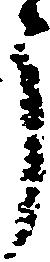
う